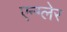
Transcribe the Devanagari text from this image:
एन्ग्लेर